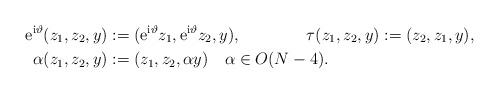
LaTeX: \begin{align*}\mathrm{e}^{\mathrm{i}\vartheta}(z_1,z_2,y)&:=(\mathrm{e}^{\mathrm{i}\vartheta}z_1,\mathrm{e}^{\mathrm{i}\vartheta}z_2,y), \qquad\qquad\tau(z_{1},z_{2},y):=(z_{2},z_{1},y),\\\alpha(z_1,z_2,y)&:=(z_1,z_2,\alpha y)\quad\alpha\in O(N-4).\end{align*}